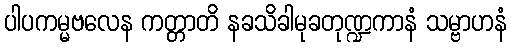
ပါပကမ္မဗလေန ကတ္တာတိ နခသိခါမုခတုဏ္ဍကာနံ သမ္ဗာဟနံ